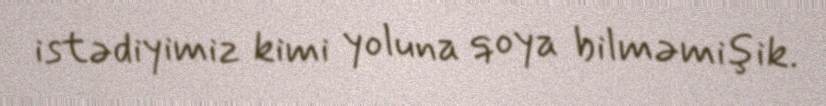
istədiyimiz kimi yoluna qoya bilməmişik.